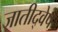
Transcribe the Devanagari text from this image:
जातीद्वेष